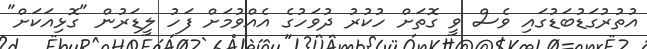
އުތުރުގަޑުބަޑުގައި ވެސް ވީ ގޮތަށް ހުކުރު ދުވަހުގެ އެއްވުމަށް ފަހު ލީޑަރުން "ގޮޅިއަކަށް"